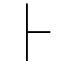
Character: ⺊